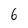
Character: 6